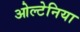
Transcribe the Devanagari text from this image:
ओल्टेनिया